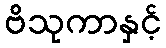
ဗိသုကာနှင့်